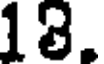
18.